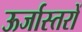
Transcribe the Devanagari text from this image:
ऊर्जास्तरों